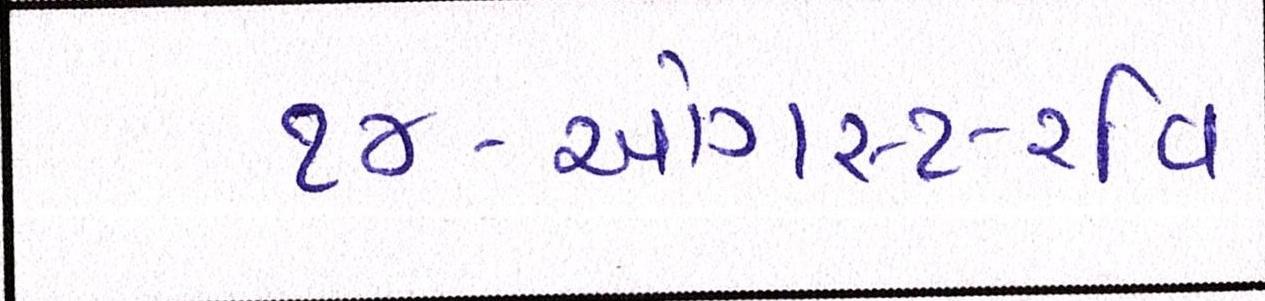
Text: ૧૪-ઓગસ્ટ-રવિ